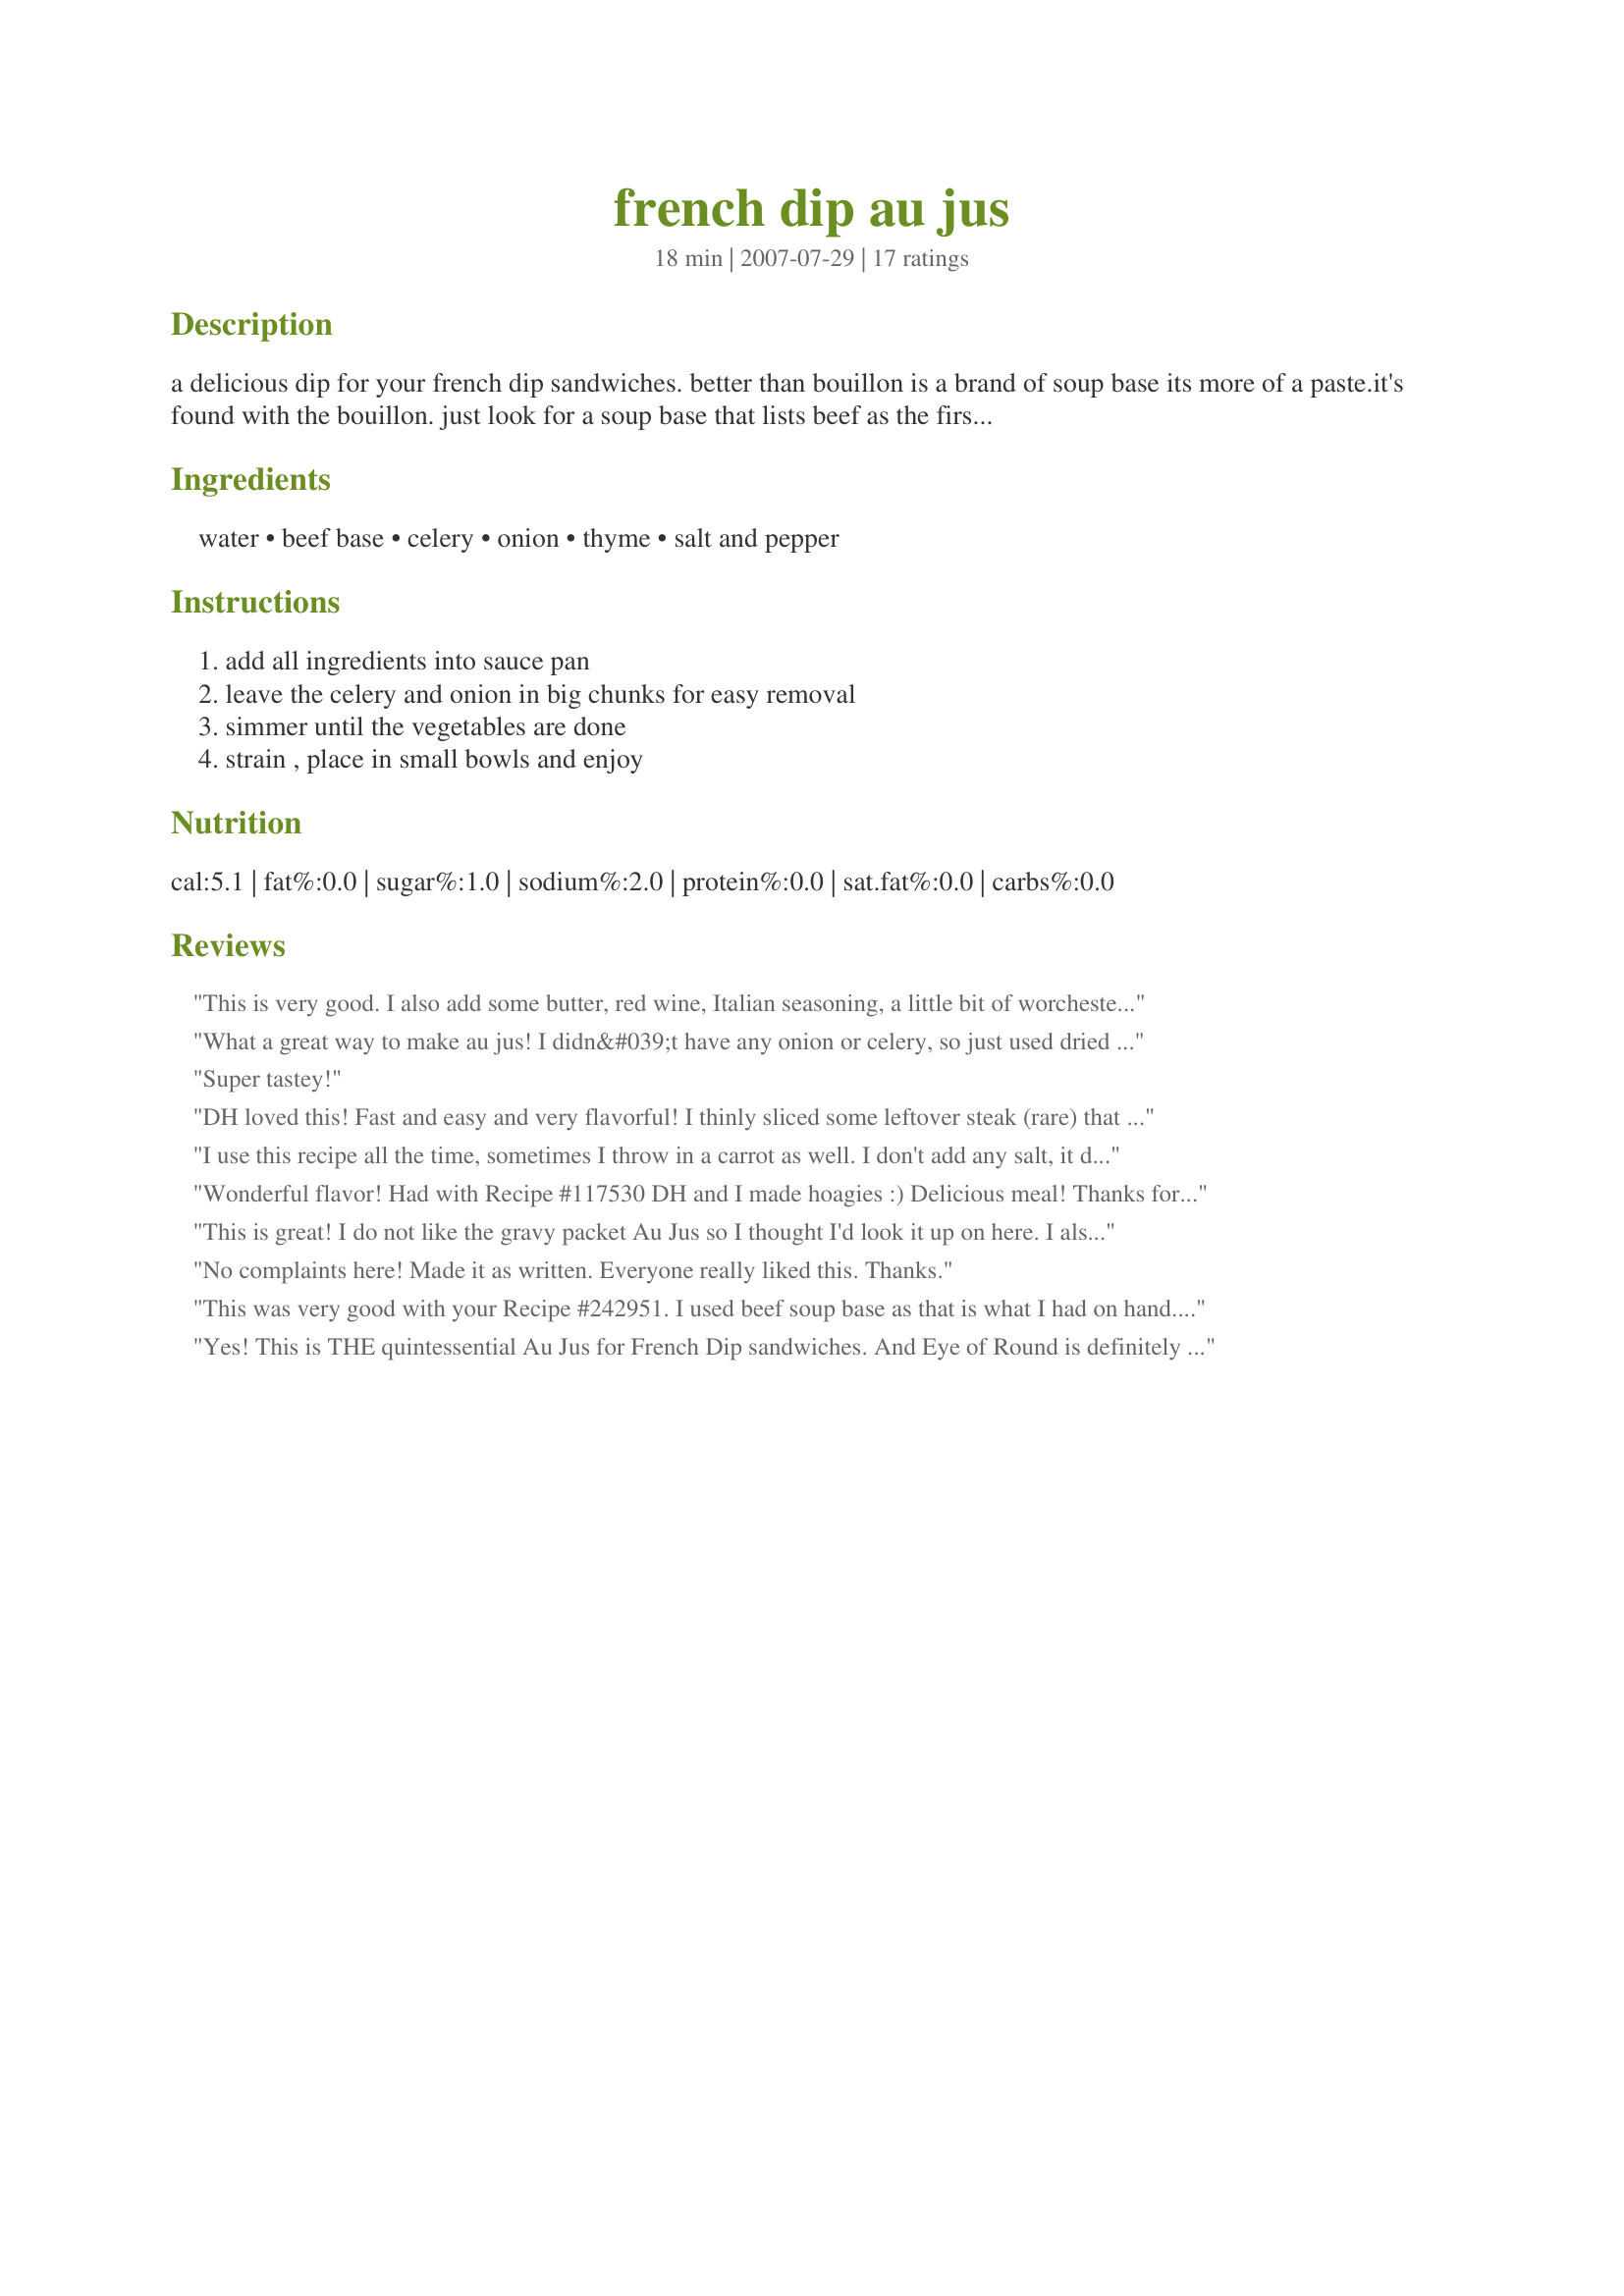
french dip au jus
Preparation time: 18 minutes

a delicious dip for your french dip sandwiches. better than bouillon is a brand of soup base its more of a paste.it's found with the bouillon. just look for a soup base that lists beef as the first ingredient. i do not generally use the granules because we do not care for the flavor as much but you can use them.i would start with 1 tbs. of granules because of the salt content. if you could not find the better than bouillon or a soup base product you could also use a canned beef broth or stock.

Ingredients:
water, beef base, celery, onion, thyme, salt and pepper

Steps:
add all ingredients into sauce pan, leave the celery and onion in big chunks for easy removal, simmer until the vegetables are done, strain , place in small bowls and enjoy

Reviews:
This is very good. I also add some butter, red wine, Italian seasoning, a little bit of worchestershire sauce, some thomas'es sauce, and some carrots if I have them.
What a great way to make au jus! I didn&#039;t have any onion or celery, so just used dried minced onion and thyme and it came out wonderfully! This au jus combined with the provolone cheese I melted on top of the deli roast beef for a couple minutes under the broiler had my family raving. We ended up having it two nights in a row because my picky DD loved it so much!
Super tastey!
DH loved this! Fast and easy and very flavorful! I thinly sliced some leftover steak (rare) that I allowed to come to room temp before serving. Made an easy sandwich of it with toasted multi grain bread. FAST meal and very satisfied dh! Thanks
I use this recipe all the time, sometimes I throw in a carrot as well. I don't add any salt, it doesn't need it. Very good recipe and my go to when I need an au jus for my roast beef and then again for the French dip sandwiches I make from the leftovers.
Wonderful flavor! Had with Recipe #117530 DH and I made hoagies :)
Delicious meal! Thanks for sharing!
This is great! I do not like the gravy packet Au Jus so I thought I'd look it up on here. I also used a can of beef broth, next time I will not add any extra salt as it was a bit salty but delicious non the less! Thanks!
No complaints here! Made it as written. Everyone really liked this. Thanks.
This was very good with your Recipe #242951. I used beef soup base as that is what I had on hand. Thank you for sharing your recipe! Made for Fall 08 Pick A Chef.
Yes! This is THE quintessential Au Jus for French Dip sandwiches. And Eye of Round is definitely the cut of meat to use. Thanks for this wonderfully easy and spot on recipe. It's not very often that a thing tastes the way you imagine it to, but this did it.
Delicious Au Jus!! I did find the 'Better Than Bouillon' in my market and I'm glad I did.. I followed your recipe exactly and it makes the best tasting Au Jus I have tried yet, so I don't know that I need to try anymore! Thanks for posting this, Amy, and just to let you and others know, I made this to go with your fabulous Recipe #242951 and these made for a delicious meal..
This was an awesome au-jus! It went so well with our holiday standing rib roast. The only thing I changed was to add a half tsp. of garlic powder and a Tbs. of Lea and Perrins worcestershire. It was as good or better than any restaurant au-jus I've tasted, I think it was mostly due to the Better Than Boullion soup base. I would recommend this recipe for any fine beef dish.
This was so quick and easy to make Amyk4. I used the canned beef broth option. This dip was delicious. It was delicate and flavorful a perfect foil for your tasty tasty recipe #242951 Thanks for sharing, I will be making this again.
Perfect. I used a carrot instead of an onion and a knob of the bone from the prime rib as a fat agent, and some marsala and worchestershire. I reduced it for quite a while and it was so so good. Thanks!
Very tasty! Made exactly as the recipe calls, and was very pleased. Will make again.
This was perfect! So fast and easy. I used a beef base that I purchased at Sam's and cooked the three stalks on celery and onion a bit in the sauce pan before I added the rest of the ingredients. Put some roast beef from Sam's in a heated sub roll and wow!!! This one is a keeper.
This is an excellent au- jus. Totally agree with using beef base. I used Minion, what I had. Out side of that followed recipe. Don't understand where all the other add-on's enhance the taste of original. Then again each chef has their own stick .
